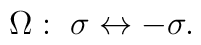
\Omega : \; \sigma \leftrightarrow -\sigma .